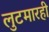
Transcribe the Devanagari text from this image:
लुटमारही